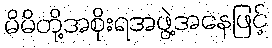
မိမိတို့အစိုးရအဖွဲ့အနေဖြင့်